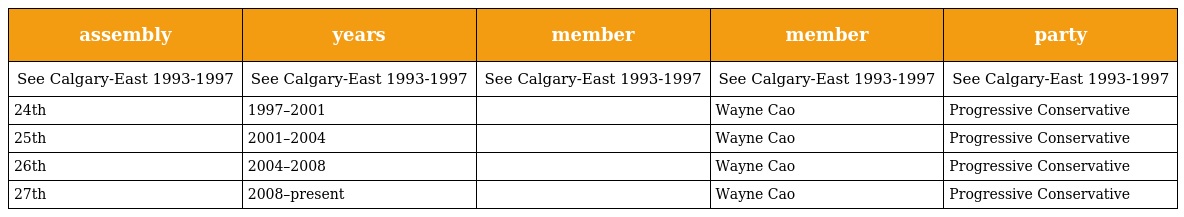
| assembly | years | member | member | party |
 | --- | --- | --- | --- | --- |
 | See Calgary-East 1993-1997 | See Calgary-East 1993-1997 | See Calgary-East 1993-1997 | See Calgary-East 1993-1997 | See Calgary-East 1993-1997 |
 | 24th | 1997–2001 |  | Wayne Cao | Progressive Conservative |
 | 25th | 2001–2004 |  | Wayne Cao | Progressive Conservative |
 | 26th | 2004–2008 |  | Wayne Cao | Progressive Conservative |
 | 27th | 2008–present |  | Wayne Cao | Progressive Conservative |